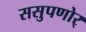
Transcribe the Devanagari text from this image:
ससुपणोर्